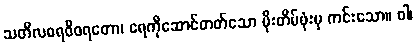
သတိလဓရဝိဝရတော၊ ရေကိုဆောင်တတ်သော မိုးတိမ်ဖုံးမှ ကင်းသော။ ဝါ၊